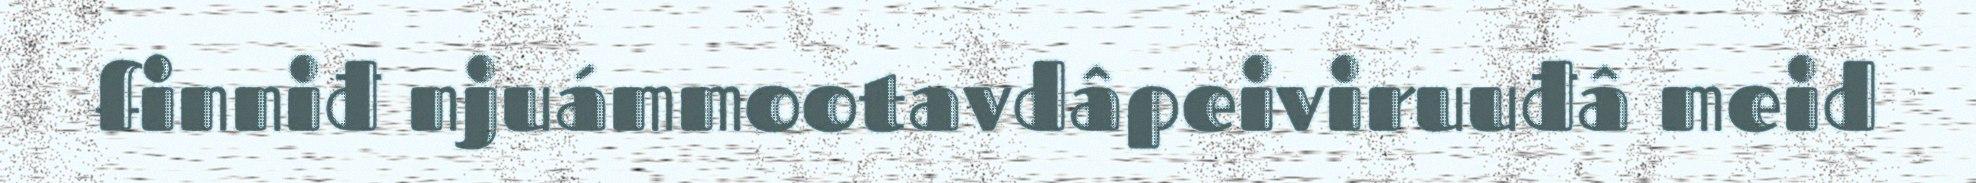
finniđ njuámmootavdâpeiviruuđâ meid